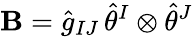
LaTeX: \mathbf{B}=\hat{{g}}_{IJ}\, \hat{{\theta}}^{I}\otimes\hat{{\theta}}^{J}